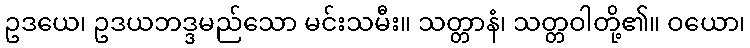
ဥဒယေ၊ ဥဒယဘဒ္ဒမည်သော မင်းသမီး။ သတ္တာနံ၊ သတ္တဝါတို့၏။ ဝယော၊